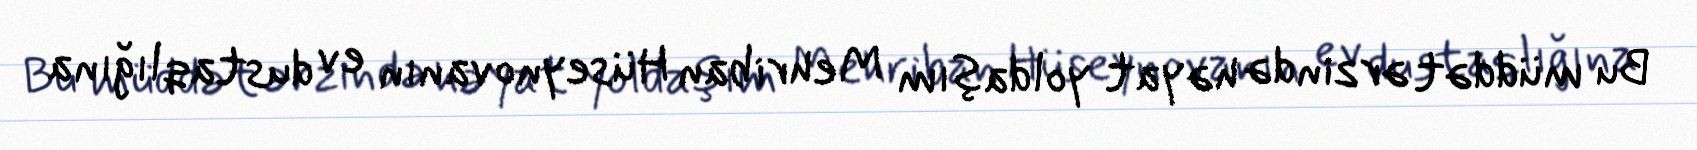
Bu müddət ərzində həyat yoldaşım Mehriban Hüseynovanın ev dustaqlığına